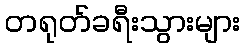
တရုတ်ခရီးသွားများ